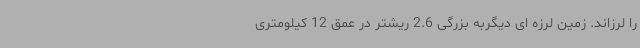
را لرزاند. زمین لرزه ای دیگربه بزرگی 2.6 ریشتر در عمق 12 کیلومتری